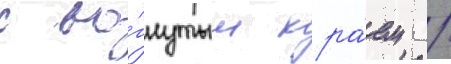
с во́гнутым кра́ем /